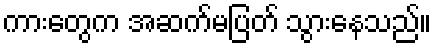
ကားတွေက အဆက်မပြတ် သွားနေသည်။